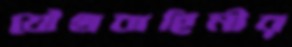
যৌথবাহিনীর